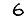
Digit: 6